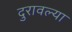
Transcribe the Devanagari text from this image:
दुरावल्या